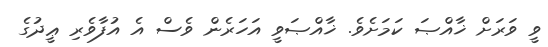
ވީ ވަރަށް ޚާއްޞަ ކަމަށެވެ. ޚާއްޞަވީ އަހަރެން ވެސް އެ އުފާވެރި ޢީދުގެ